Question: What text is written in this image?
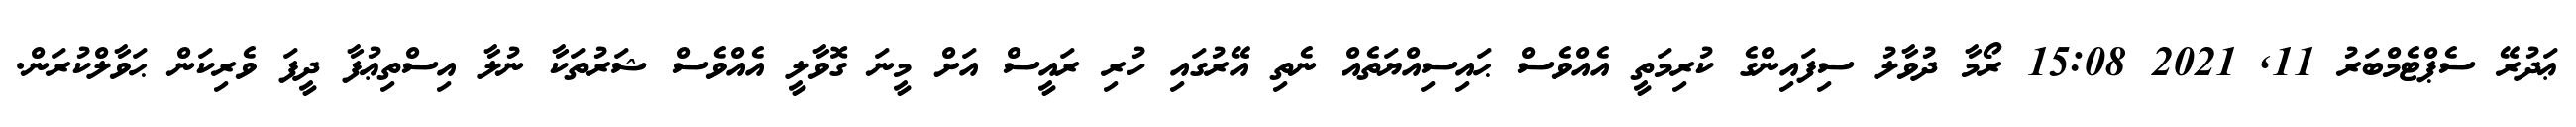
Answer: ޢަދުރޭ ސެޕްޓެމްބަރު 11, 2021 15:08 ރޯމާ ދުވާލު ސިފައިންގެ ކުރިމަތީ އެއްވެސް ޙައިސިއްޔަތެއް ނެތި އޭރުގައި ހުރި ރައީސް އަށް މީނަ ގޮވާލީ އެއްވެސް ޝަރުތަކާ ނުލާ އިސްތިޢުފާ ދީފަ ވެރިކަން ޙަވާލްކުރަން.